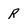
Character: R